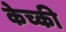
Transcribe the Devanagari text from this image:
केच्की